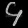
Digit: ၄